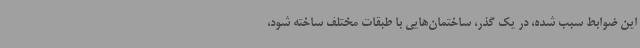
این ضوابط سبب شده، در یک گذر، ساختمان‌هایی با طبقات مختلف ساخته شود،